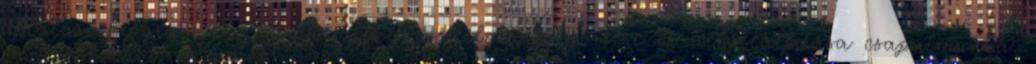
oktatási programja. A műemlékek védelme, megőrzése és helyreállítása csapatmunka.